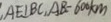
A E \bot B C , A B = 6 0 0 k m